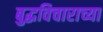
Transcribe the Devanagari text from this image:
बुद्धविचाराच्या